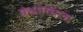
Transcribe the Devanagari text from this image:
ग्रंथांमधला